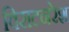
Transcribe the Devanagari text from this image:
विराटनरेश